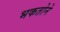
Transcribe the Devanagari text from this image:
भकतोने